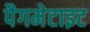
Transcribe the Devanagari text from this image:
पैगमेटाइट